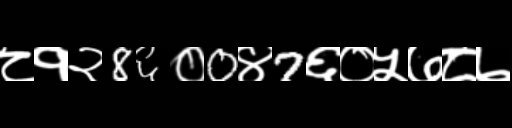
Text: ८१२8६०0४7६०५७८७